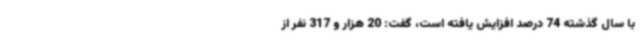
با سال گذشته 74 درصد افزایش یافته است، گفت: 20 هزار و 317 نفر از